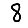
Digit: 8